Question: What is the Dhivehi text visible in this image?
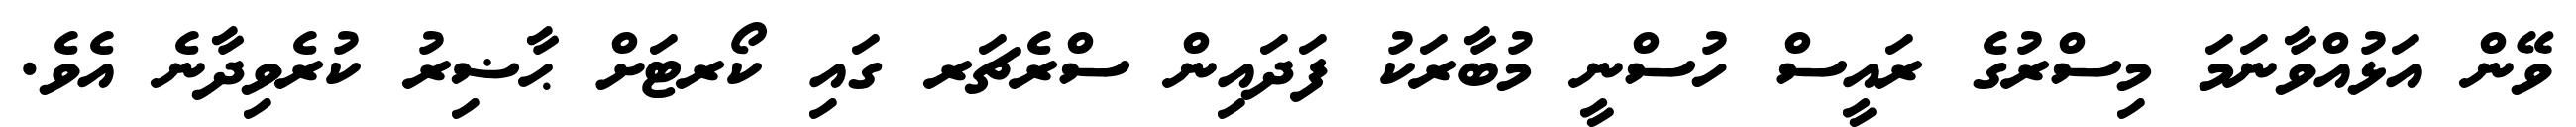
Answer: ވޭން އަޅުއްވާނަމަ މިސްރުގެ ރައީސް ހުސްނީ މުބާރަކު ފަދައިން ސްރެޗަރ ގައި ކޯރޓަށް ޙާޟިރު ކުރެވިދާނެ އެވެ.